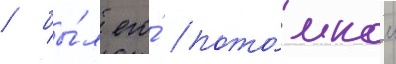
/ бы́л его́ пото́мком